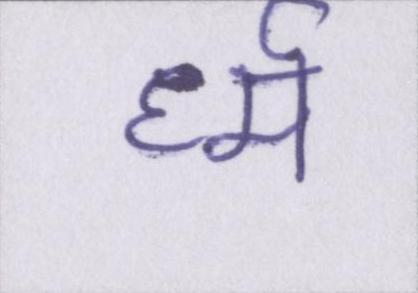
र्ध्म